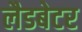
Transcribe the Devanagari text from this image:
लैडबेटर